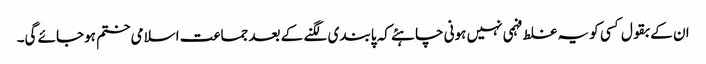
ان کے بقول کسی کو یہ غلط فہمی نہیں ہونی چاہئے کہ پابندی لگنے کے بعد جماعت اسلامی ختم ہوجائے گی۔